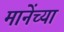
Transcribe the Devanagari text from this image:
मानेंच्या